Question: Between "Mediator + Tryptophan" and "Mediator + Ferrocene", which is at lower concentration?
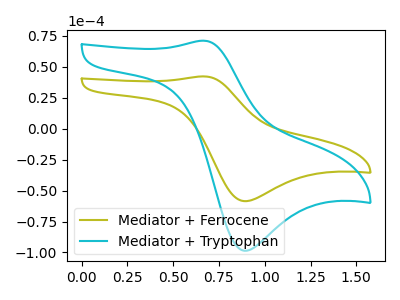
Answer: <think>The olive curve "Mediator + Ferrocene" has an anodic peak at (0.65V, 42.10uA) and a cathodic peak at (0.90V, -58.55uA). The cyan curve "Mediator + Tryptophan" has an anodic peak at (0.65V, 70.90uA) and a cathodic peak at (0.90V, -98.60uA).
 All the peaks in "Mediator + Tryptophan" have a peak in "Mediator + Ferrocene" at the same potential. Every peak in "Mediator + Tryptophan" is higher than every peak in "Mediator + Ferrocene".</think>
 <answer>"Mediator + Tryptophan" has more signal than "Mediator + Ferrocene" and so likely has a higher concentration.</answer>
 <eval>more_concentration</eval>